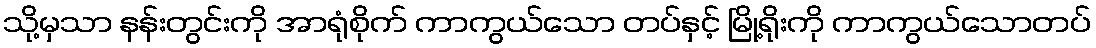
သို့မှသာ နန်းတွင်းကို အာရုံစိုက် ကာကွယ်သော တပ်နှင့် မြို့ရိုးကို ကာကွယ်သောတပ်